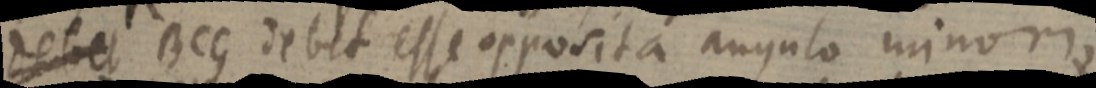
debet BCG debet esse opposita angulo minori